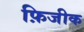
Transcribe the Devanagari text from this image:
फ़िजीक